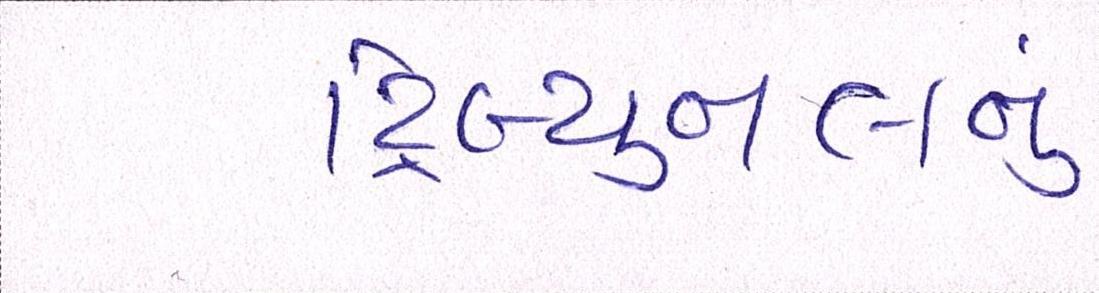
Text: ટ્રિબ્યુનલનું